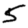
Digit: 5